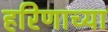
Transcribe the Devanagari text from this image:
हरिणाच्या